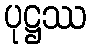
ပုဋ္ဌဿ